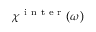
\chi ^ { \mathrm { ~ i ~ n ~ t ~ e ~ r ~ } } ( \omega )